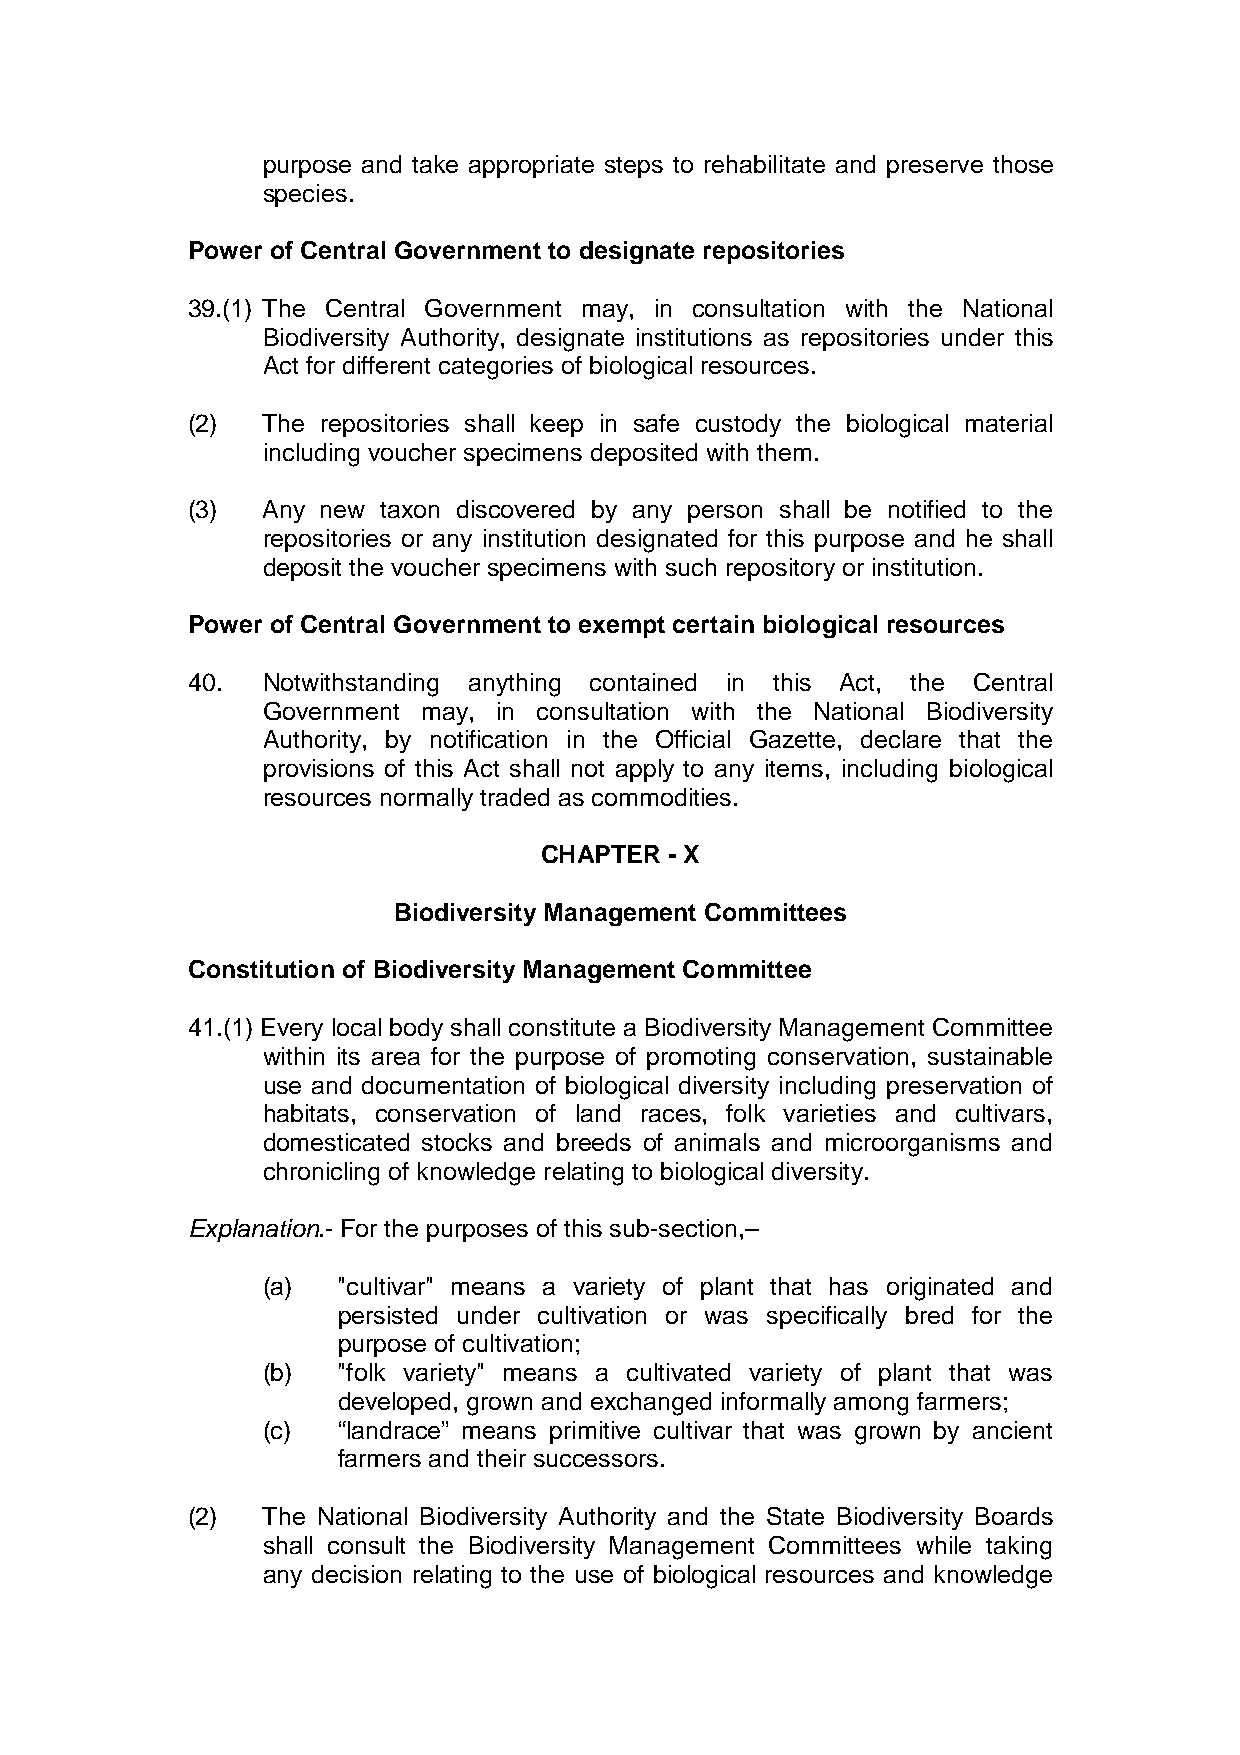
purpose and take appropriate steps to rehabilitate and preserve those
 species.
 Power of Central Government to designate repositories
 39.(1) The Central Government may, in consultation with the National
 Biodiversity Authority, designate institutions as repositories under this
 Act for different categories of biological resources.
 (2)  The repositories shall keep in safe custody the biological material
 including voucher specimens deposited with them.
 (3)  Any new taxon discovered by any person shall be notified to the
 repositories or any institution designated for this purpose and he shall
 deposit the voucher specimens with such repository or institution.
 Power of Central Government to exempt certain biological resources
 40.  Notwithstanding anything contained in this Act, the Central
 Government may, in consultation with the National Biodiversity
 Authority, by notification in the Official Gazette, declare that the
 provisions of this Act shall not apply to any items, including biological
 resources normally traded as commodities.
 CHAPTER - X
 Biodiversity Management Committees
 Constitution of Biodiversity Management Committee
 41.(1) Every local body shall constitute a Biodiversity Management Committee
 within its area for the purpose of promoting conservation, sustainable
 use and documentation of biological diversity including preservation of
 habitats, conservation of land races, folk varieties and cultivars,
 domesticated stocks and breeds of animals and microorganisms and
 chronicling of knowledge relating to biological diversity.
 Explanation.- For the purposes of this sub-section,–
 (a)  "cultivar" means a variety of plant that has originated and
 persisted under cultivation or was specifically bred for the
 purpose of cultivation;
 (b)  "folk variety" means a cultivated variety of plant that was
 developed, grown and exchanged informally among farmers;
 (c)  “landrace” means primitive cultivar that was grown by ancient
 farmers and their successors.
 (2)  The National Biodiversity Authority and the State Biodiversity Boards
 shall consult the Biodiversity Management Committees while taking
 any decision relating to the use of biological resources and knowledge